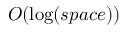
O ( \log ( s p a c e ) )